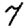
Digit: 7